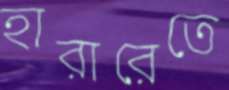
হারারেতে